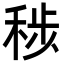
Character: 𮃊